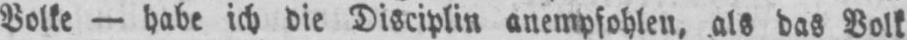
Volke - habe ich die Disciplin anempfohlen, als das Volk